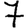
Digit: 7